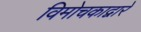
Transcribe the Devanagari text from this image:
विमोचकाद्वारे